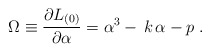
\begin{align*}\Omega \equiv \frac{\partial L_{(0)}}{\partial \alpha }=\alpha^3-\,k\,\alpha -p\;. \end{align*}